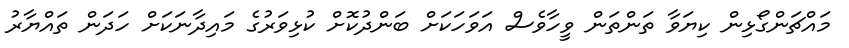
މައްޗަންގޯޅިން ކިޔަވާ ތަންތަން ވީހާވެސް އަވަހަކަށް ބަންދުކޮށް ކުޅިވަރުގެ މައިދާނަކަށް ހަދަން ތައްޔާރު